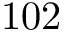
1 0 2